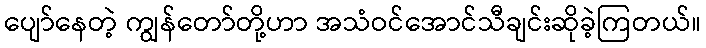
ပျော်နေတဲ့ ကျွန်တော်တို့ဟာ အသံဝင်အောင်သီချင်းဆိုခဲ့ကြတယ်။